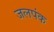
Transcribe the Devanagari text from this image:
जलपंक